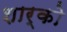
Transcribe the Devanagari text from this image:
शार्को